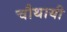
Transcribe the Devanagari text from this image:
चौथायी